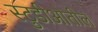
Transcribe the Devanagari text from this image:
स्टुडीओतील